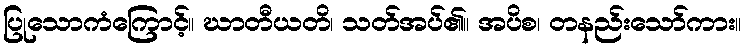
ပြုသောကံကြောင့်။ ဃာတီယတိ၊ သတ်အပ်၏။ အပိစ၊ တနည်းသော်ကား။